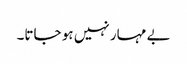
بے مہار نہیں ہو جاتا۔